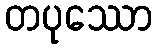
တပုဿော